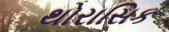
થોરાસિક